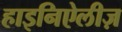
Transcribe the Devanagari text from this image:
हाइनिऐलीज़